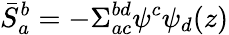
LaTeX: \bar{S}_{a}^{b}=-\Sigma_{ac}^{bd}\psi^{c}\psi_{d}(z)